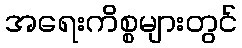
အရေးကိစ္စများတွင်